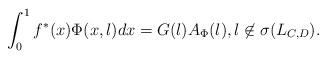
LaTeX: \begin{align*} \int_0^1 f^*(x) \Phi(x,\l) dx = G(\l) A_{\Phi}(\l), \l \not \in \sigma(L_{C,D}).\end{align*}